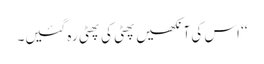
‘‘ اس کی آنکھیں پھٹی کی پھٹی رہ گئیں۔